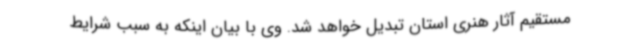
مستقیم آثار هنری استان تبدیل خواهد شد. وی با بیان اینکه به سبب شرایط